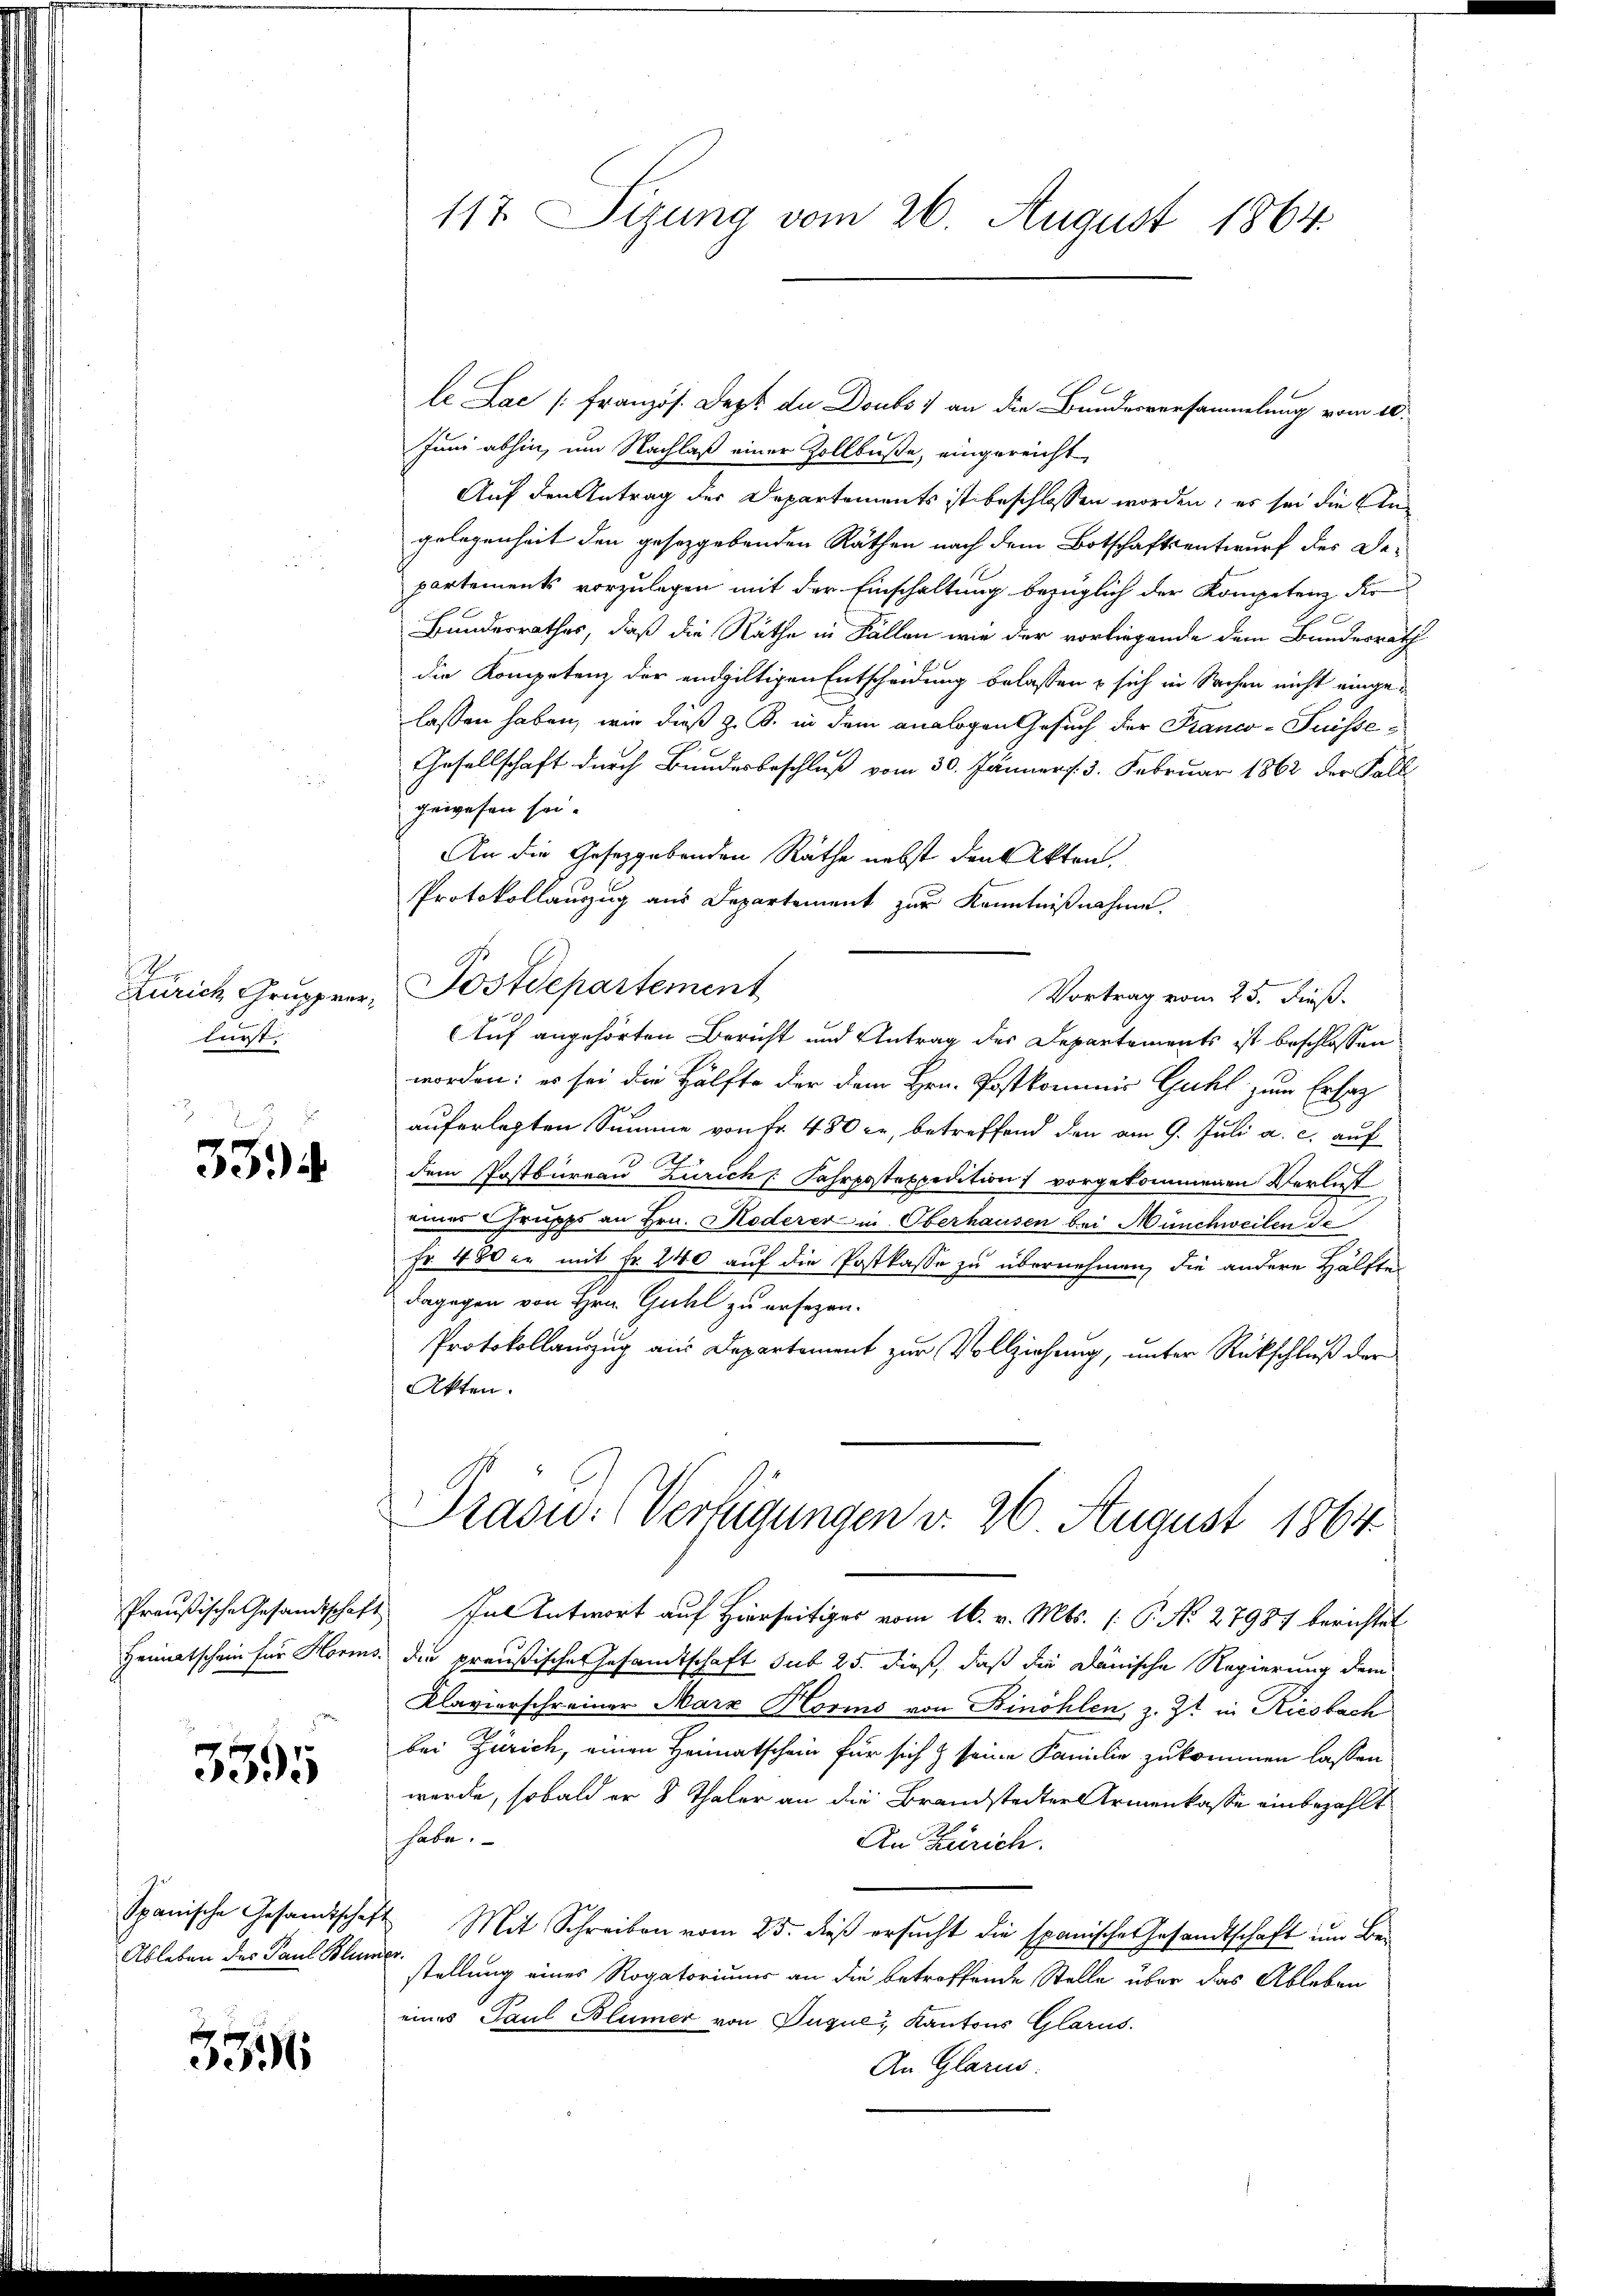
Zürich Grupprer
lurst

33

Preußische Gesandtschaft
Heimatschein für Horm.

3395

Spanische Gesandtschaf
Ableben des Paul Blun

3596

le Lac [Französ. Dept de Doubs & an die Bundesversammlung vom 10.
Juni abhin, um Nachlaß einer Zollbuße, eingereicht
Auf den Antrag der Departements ist beschlossen worden; es sei die Ungelegenheit den gesetzgebenden Räthen nach dem Botschaftsentwurf des Departements vorzulegen mit der Einschaltung bezüglich der Kompetenz der
Bundesrathes, daß die Räthe in Fällen wie der vorliegende dem Bundesrath
die Kompetenz der endgültigen Entscheidung belassen & sich in Sachen nicht eingelassen haben, wie dieß z. B. in dem analogen Gesuch der Franco-Puisse-
Gesellschaft durch Bundesbeschluß vom 30. Jänner s. 3. Februar 1862 der Fall
gewesen sei.
An die Gesetzgebenden Räthe nebst den Akten.
Protokollauszug aus Departement zur Kenntnißnahme.
Postdepartement
Vortrag vom 25. dieß.
Auf angehörten Bericht und Antrag des Departements ist beschlossen
worden: es sei die Hälfte der dem Hrn. Postkommnis Guhl zum Erlag
auferlegten Summe von Fr. 480 c., betreffend den am 9. Juli a. c. auf
dem Postbureau Zürich Fahrpostexpedition vorgekommenen Verlust
eines Grupps an Hrn. Hoderer in Oberhausen bei Münchweilen de
Fr. 480 er mit Fr. 240 auf die Postkasse zu übernehmen, die andere Hälfte
dagegen von Hrn. Guhl zu ersezen.
Protokollauszug aus Departement zur Vollziehung, unter Rückschluß der
Akten.

117. Sizung vom 26. August 1864.

Jul Antwort auf Hierseitiges vom 16. v. Mts. (: P. No. 27987 berichtet
die preußisches Gesamtschaft sub 25. dieß, daß die Dänische Regierung dem
Klavierschreiner Marx Korins von Binöhlen, z. Zt. in Riesbach
bei Zürich, einen Heimatschein für sich & seine Familie zukommen lassen
werde, sobald er 8 Thaler an die Brandstedter Armenkasse einbezahlt
habe.
An Zürich.
Mit Schreiben vom 25. dieß ersucht die spanische Gesandtschaft um Bestellung eines Rogatoriums an die betroffende Stelle über das Ableben
eines Paul Blümer von Juque, Kantons Glarus.
An Glarus.

Präsid. (Verfügungen v. 26. August 1864